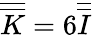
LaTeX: \overline{{\overline{{K}}}}=6\overline{{\overline{{I}}}}